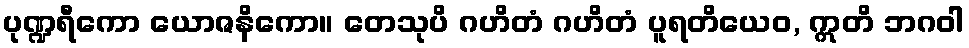
ပုဏ္ဍရီကော ယောဇနိကော။ တေသုပိ ဂဟိတံ ဂဟိတံ ပူရတိယေဝ, ဣတိ ဘဂဝါ